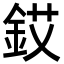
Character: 銰